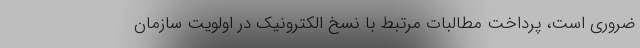
ضروری است، پرداخت مطالبات مرتبط با نسخ الکترونیک در اولویت سازمان